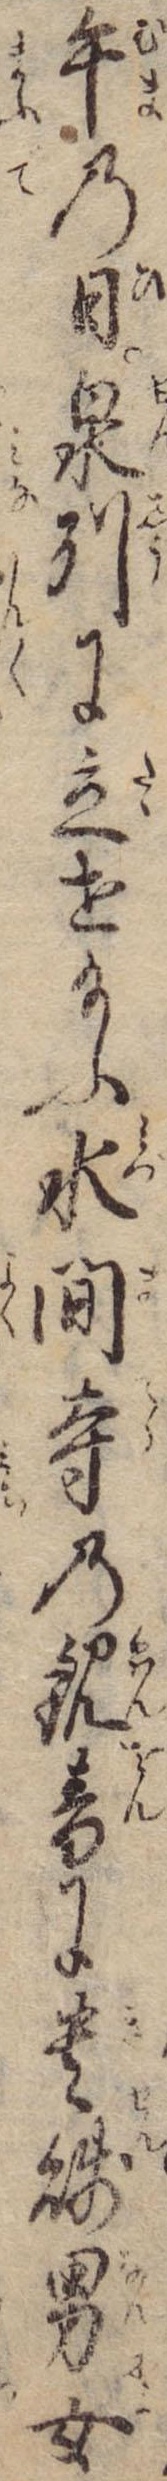
午の日泉州に立せ給ふ水間寺の観音に貴賎男女